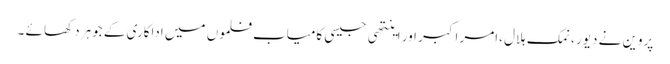
پروین نے دیور ،نمک ہلال ،امر اکبر اور اینتھی جیسی کامیاب فلموں میں اداکاری کے جوہر دکھا ئے ۔